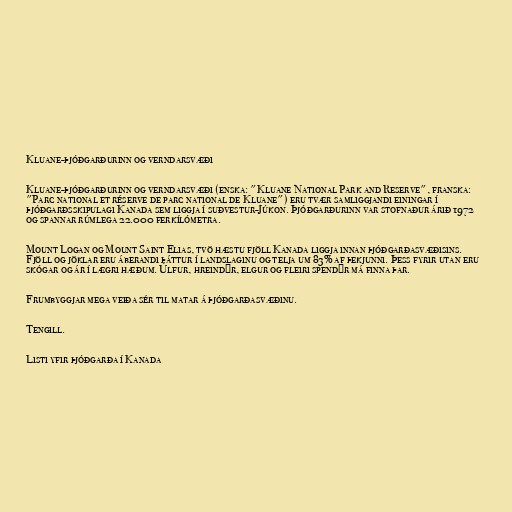
Kluane-þjóðgarðurinn og verndarsvæði

Kluane-þjóðgarðurinn og verndarsvæði (enska: "Kluane National Park and Reserve", franska:
"Parc national et réserve de parc national de Kluane") eru tvær samliggjandi einingar í
þjóðgarðsskipulagi Kanada sem liggja í suðvestur-Júkon. Þjóðgarðurinn var stofnaður árið 1972
og spannar rúmlega 22.000 ferkílómetra.

Mount Logan og Mount Saint Elias, tvö hæstu fjöll Kanada liggja innan þjóðgarðasvæðisins.
Fjöll og jöklar eru áberandi þáttur í landslaginu og telja um 83% af þekjunni. Þess fyrir utan eru
skógar og ár í lægri hæðum. Úlfur, hreindýr, elgur og fleiri spendýr má finna þar.

Frumbyggjar mega veiða sér til matar á þjóðgarðasvæðinu.

Tengill.

Listi yfir þjóðgarða í Kanada